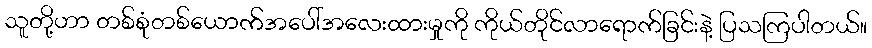
သူတို့ဟာ တစ်စုံတစ်ယောက်အပေါ်အလေးထားမှုကို ကိုယ်တိုင်လာရောက်ခြင်းနဲ့ ပြသကြပါတယ်။